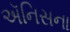
ઍનિસના